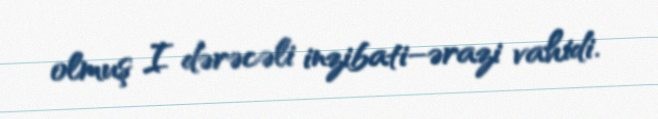
olmuş I dərəcəli inzibati–ərazi vahidi.